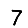
Digit: 7